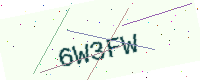
Text: 6W3FW